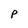
Character: p